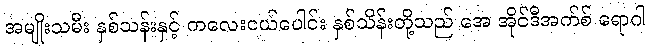
အမျိုးသမီး နှစ်သန်းနှင့် ကလေးငယ်ပေါင်း နှစ်သိန်းတို့သည် အေ အိုင်ဒီအက်စ် ရောဂါ